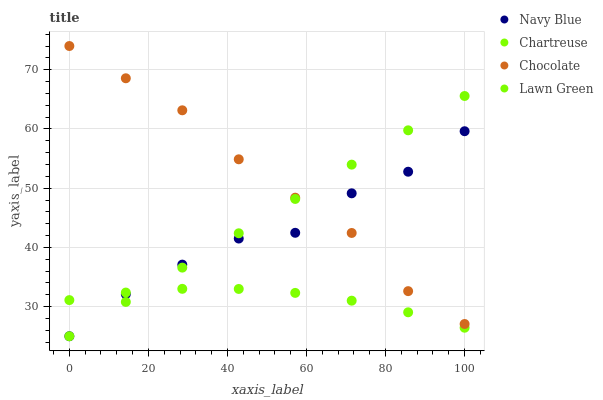
| xaxis_label | Navy Blue | Chartreuse | Chocolate | Lawn Green |
 | --- | --- | --- | --- | --- |
 | 0 | 25 | 31.1 | 74 | 25 |
 | 14.3 | 32.1 | 32.4 | 68.6 | 30.8 |
 | 28.6 | 37.1 | 33 | 63.1 | 36.6 |
 | 42.9 | 41.5 | 33 | 54.9 | 42.4 |
 | 57.1 | 42.5 | 32.3 | 48.4 | 48.2 |
 | 71.4 | 49.1 | 31 | 42.4 | 54 |
 | 85.7 | 52.8 | 29 | 32.6 | 59.8 |
 | 100 | 59.6 | 26.4 | 27.1 | 65.6 |